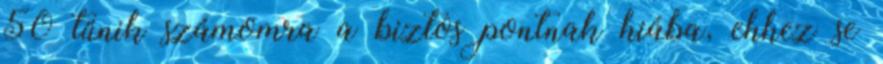
50 tűnik számomra a biztos pontnak hiába, ehhez se